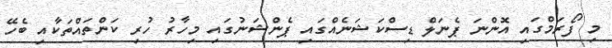
މި ފޯރަމްގައި އޮންނަ ޕެނަލް ޑިސްކަޝަނެއްގައި ޕެންޝަނުގައި މިހާރު ހުރި ކަންތައްތަކާއި ބެހޭ